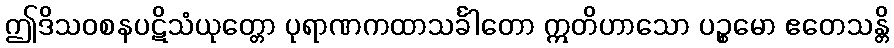
ဤဒိသဝစနပဋိသံယုတ္တော ပုရာဏကထာသင်္ခါတော ဣတိဟာသော ပဉ္စမော ဧတေသန္တိ